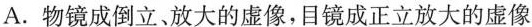
A.物镜成倒立、放大的虚像，目镜成正立放大的虚像